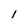
Character: l